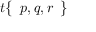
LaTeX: t { \left\{ \begin{array} { l } { p , q , r } \end{array} \right\} }